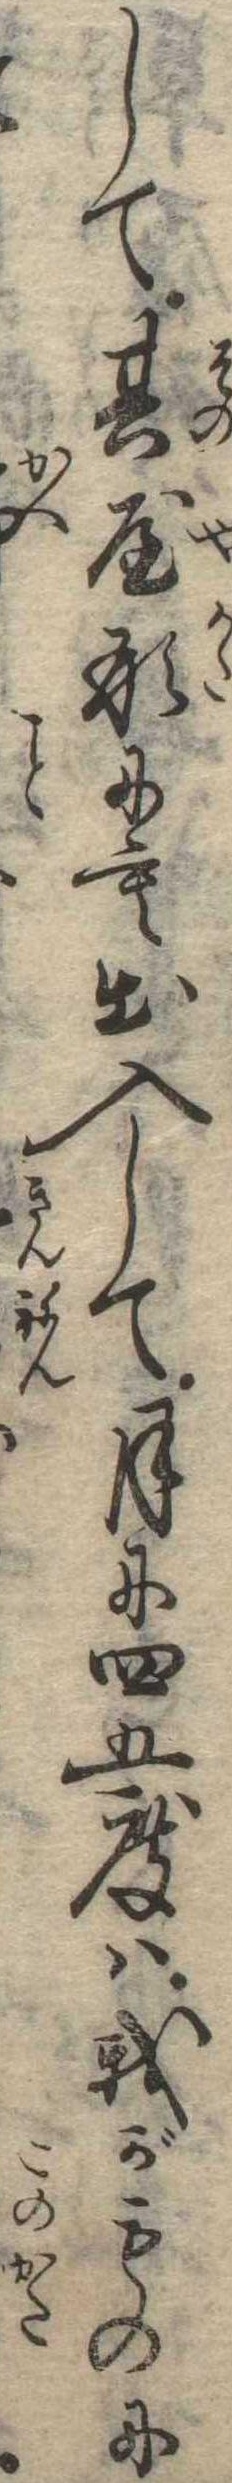
して其屋形にも出入して月に四五度は我がものに